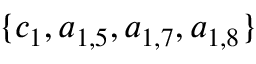
\{ c _ { 1 } , a _ { 1 , 5 } , a _ { 1 , 7 } , a _ { 1 , 8 } \}